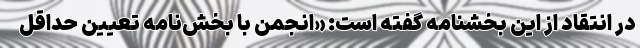
در انتقاد از این بخشنامه گفته است: «انجمن با بخش‌نامه تعیین حداقل